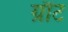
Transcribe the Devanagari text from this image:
ग्रौंट